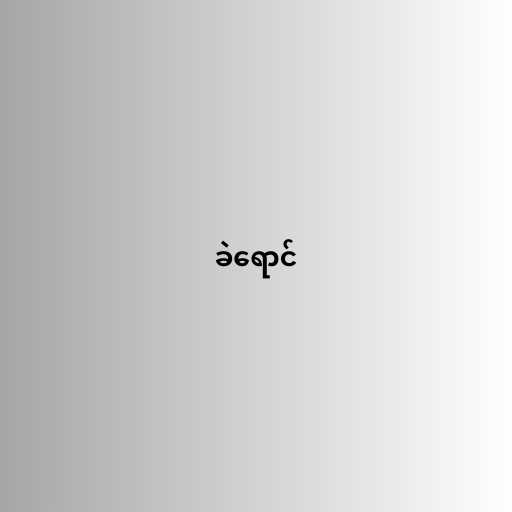
ခဲရောင်